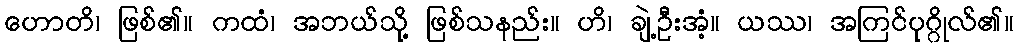
ဟောတိ၊ ဖြစ်၏။ ကထံ၊ အဘယ်သို့ ဖြစ်သနည်း။ ဟိ၊ ချဲ့ဦးအံ့။ ယဿ၊ အကြင်ပုဂ္ဂိုလ်၏။